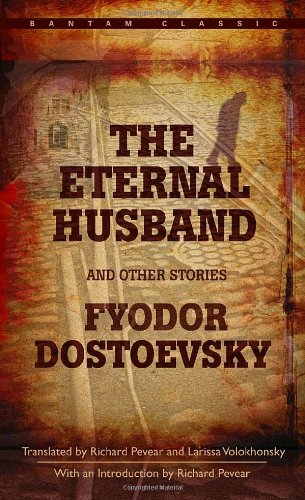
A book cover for The Eternal Husband and Other Stories; Fyodor Dostoevsky; Literature & Fiction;